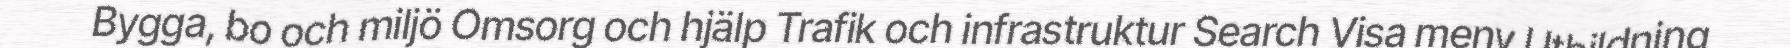
Bygga, bo och miljö Omsorg och hjälp Trafik och infrastruktur Search Visa meny Utbildning